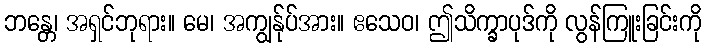
ဘန္တေ၊ အရှင်ဘုရား။ မေ၊ အကျွန်ုပ်အား။ ဧသေဝ၊ ဤသိက္ခာပုဒ်ကို လွန်ကြူးခြင်းကို